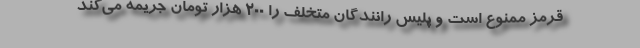
قرمز ممنوع است و پلیس رانندگان متخلف را ۲۰۰ هزار تومان جریمه می‌کند